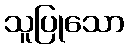
သူပြုသော